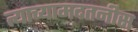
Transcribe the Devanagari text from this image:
त्याच्यामदतनीस